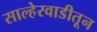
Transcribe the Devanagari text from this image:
साल्हेरवाडीतून